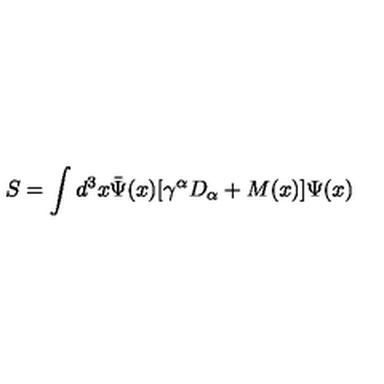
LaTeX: S = \int d ^ { 3 } x { \bar { \Psi } } ( x ) [ \gamma ^ { \alpha } D _ { \alpha } + M ( x ) ] \Psi ( x )